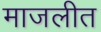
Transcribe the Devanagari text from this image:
माजलीत